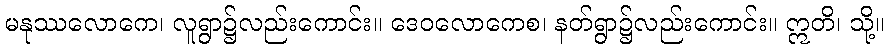
မနုဿလောကေ၊ လူရွာ၌လည်းကောင်း။ ဒေဝလောကေစ၊ နတ်ရွာ၌လည်းကောင်း။ ဣတိ၊ သို့။